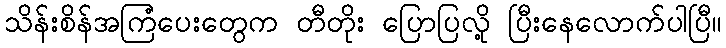
သိန်းစိန်အကြံပေးတွေက တီတိုး ပြောပြလို့ ပြီးနေလောက်ပါပြီ။